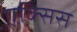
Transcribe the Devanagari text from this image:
एक्‍सिस